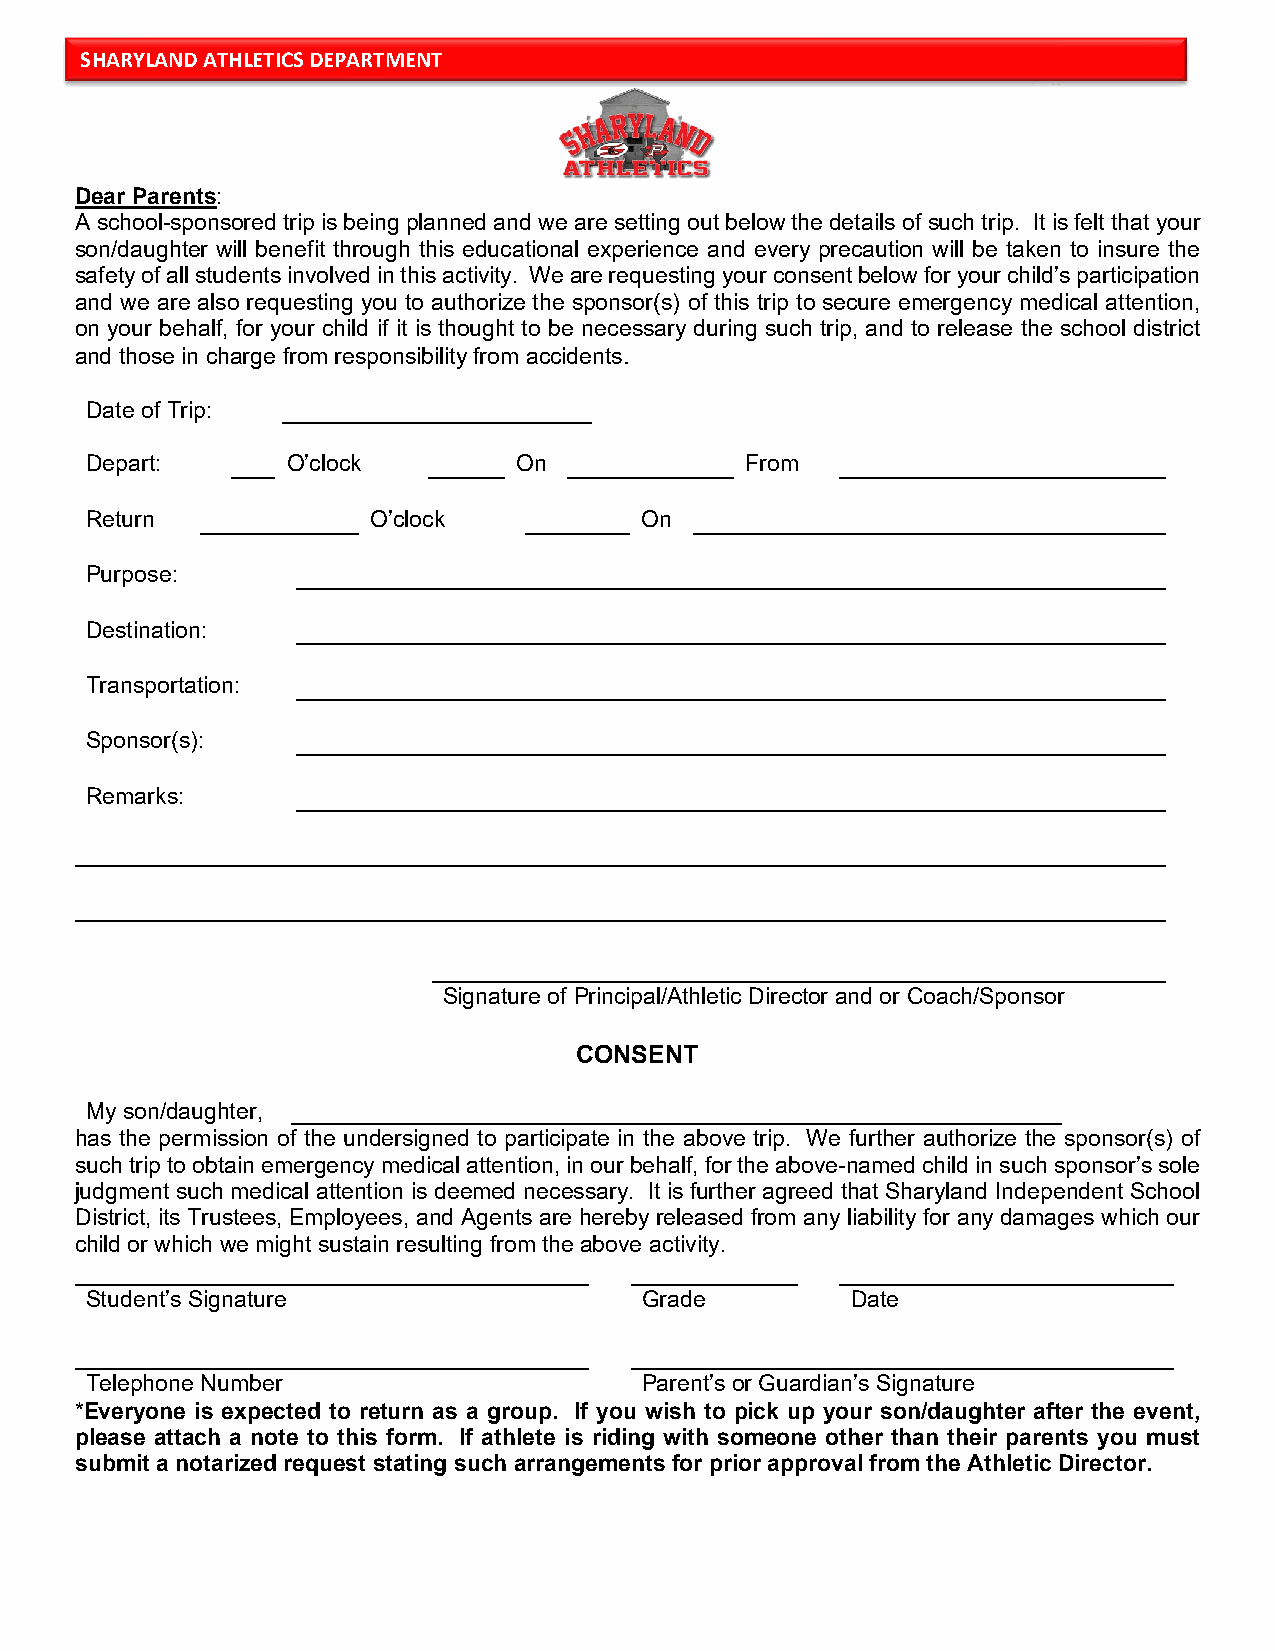
SHARYLAND ATHLETICS DEPARTMENT
 Dear Parents:
 A school-sponsored trip is being planned and we are setting out below the details of such trip. It is felt that your
 son/daughter will benefit through this educational experience and every precaution will be taken to insure the
 safety of all students involved in this activity. We are requesting your consent below for your child’s participation
 and we are also requesting you to authorize the sponsor(s) of this trip to secure emergency medical attention,
 on your behalf, for your child if it is thought to be necessary during such trip, and to release the school district
 and those in charge from responsibility from accidents.
 Date of Trip:
 Depart:      O’clock        On             From
 Return            O’clock           On
 Purpose:
 Destination:
 Transportation:
 Sponsor(s):
 Remarks:
 Signature of Principal/Athletic Director and or Coach/Sponsor
 CONSENT
 My son/daughter,
 has the permission of the undersigned to participate in the above trip. We further authorize the sponsor(s) of
 such trip to obtain emergency medical attention, in our behalf, for the above-named child in such sponsor’s sole
 judgment such medical attention is deemed necessary. It is further agreed that Sharyland Independent School
 District, its Trustees, Employees, and Agents are hereby released from any liability for any damages which our
 child or which we might sustain resulting from the above activity.
 Student’s Signature                  Grade        Date
 Telephone Number                     Parent’s or Guardian’s Signature
 *Everyone is expected to return as a group. If you wish to pick up your son/daughter after the event,
 please attach a note to this form. If athlete is riding with someone other than their parents you must
 submit a notarized request stating such arrangements for prior approval from the Athletic Director.